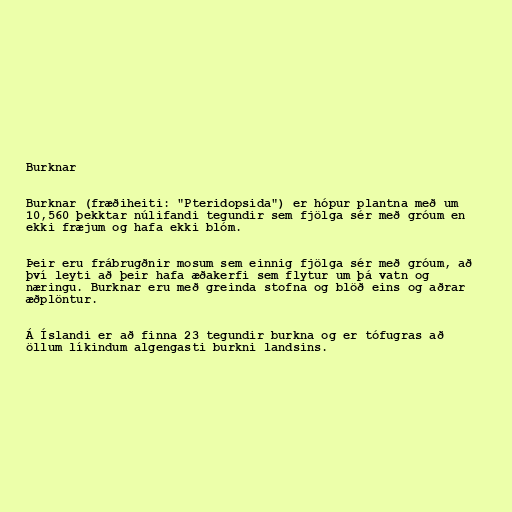
Burknar

Burknar (fræðiheiti: "Pteridopsida") er hópur plantna með um
10,560 þekktar núlifandi tegundir sem fjölga sér með gróum en
ekki fræjum og hafa ekki blóm.

Þeir eru frábrugðnir mosum sem einnig fjölga sér með gróum, að
því leyti að þeir hafa æðakerfi sem flytur um þá vatn og
næringu. Burknar eru með greinda stofna og blöð eins og aðrar
æðplöntur.

Á Íslandi er að finna 23 tegundir burkna og er tófugras að
öllum líkindum algengasti burkni landsins.